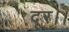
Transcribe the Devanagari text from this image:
दूर।।